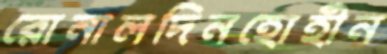
রোনালদিনহোহীন